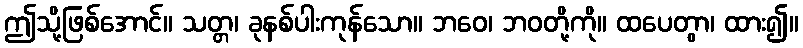
ဤသို့ဖြစ်အောင်။ သတ္တ၊ ခုနစ်ပါးကုန်သော။ ဘဝေ၊ ဘဝတို့ကို။ ထပေတွာ၊ ထား၍။